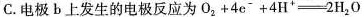
C.电极b上发生的电极反应为$$O_{2}+4e^{-}+4H^{+}=2H_{2}O$$